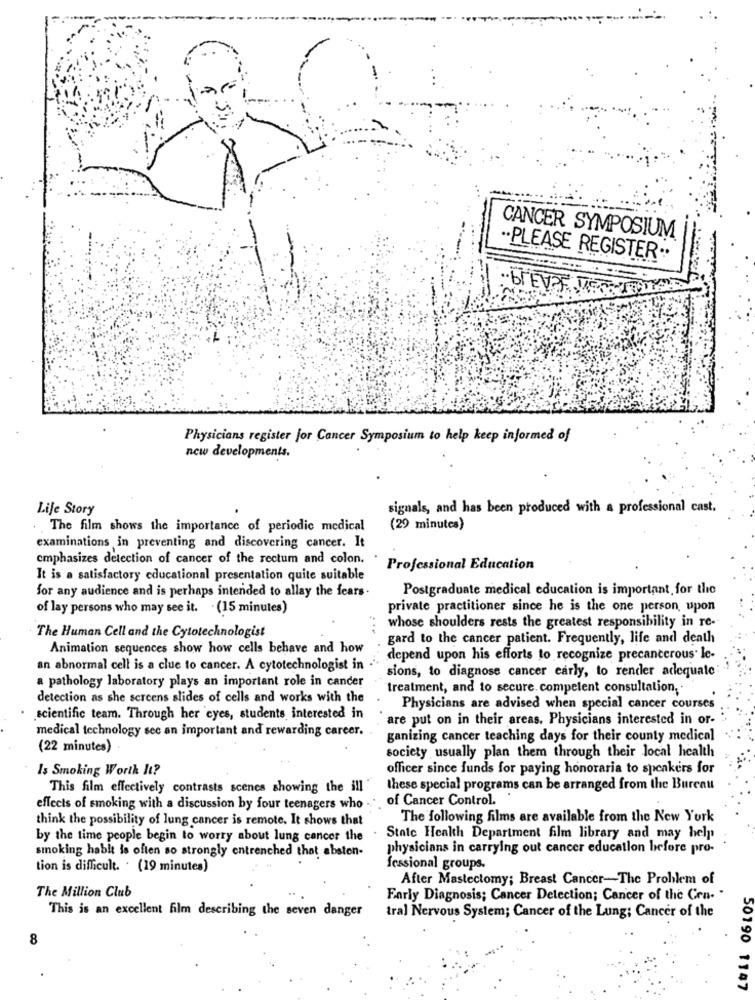
CANCER SYMPOSIUM
".PLEASE REGISTER ..
Physicians register for Cancer Symposium to help keep informed of
new developments.
Life Story
signals, and has been produced with a professional cast.
The film shows the importance of periodic medical
(29 minutes)
examinations in preventing and discovering cancer. It
emphasizes detection of cancer of the rectum and colon.
Professional Education
It is a satisfactory educational presentation quite suitable
for any audience and is perhaps intended to allay the fears.
Postgraduate medical education is important for the
of lay persons who may see it. . (15 minutes)
private practitioner since he is the one person, upon
whose shoulders rests the greatest responsibility in re-
The Human Cell and the Cytotechnologist
gard to the cancer patient. Frequently, life and death
Animation sequences show how cells behave and how
depend upon his efforts to recognize precancerous. le-
an abnormal cell is a clue to cancer. A cytotechnologist in
sions, to diagnose cancer early, to render adequate
a pathology laboratory plays an important role in cander
treatment, and to secure. competent consultation ..
detection as she sercens slides of cells and works with the
Physicians are advised when special cancer courses
scientific team. Through her eyes, students interested in
are put on in their areas. Physicians interested in or-
medical technology see an important and rewarding career.
ganizing cancer teaching days for their county medical
(22 minutes)
society usually plan them through their local health
Is Smoking Worth It?
officer since funds for paying honoraria to speakers for
This film effectively contrasts scenes showing the ill
these special programs can be arranged from the Bureau
of Cancer Control.
effects of smoking with a discussion by four teenagers who
think the possibility of lung cancer is remote. It shows that
The following films are available from the New York
by the time people begin to worry about lung cancer the
State Health Department film library and may help
physicians in carrying out cancer education before pro-
smoking hablt is often so strongly entrenched that absten-
tion is difficult. . (19 minutes)
Iessional groups.
After Mastectomy; Breast Cancer-The Problem of
The Million Club
Early Diagnosis; Cancer Detection; Cancer of the Con-
This is an excellent film describing the seven danger
tral Nervous System; Cancer of the Lung; Cancer of the
8
50190 1147